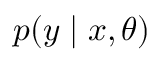
p ( \boldsymbol { y } \mid \boldsymbol { x } , \boldsymbol { \theta } )